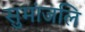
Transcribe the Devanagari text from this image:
सुमांजलि